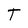
Character: T